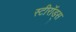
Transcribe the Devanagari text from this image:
स्टीरॉड्स